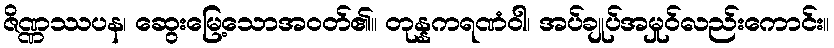
ဇိဏ္ဏဿပန၊ ဆွေးမြေ့သောအဝတ်၏။ တုန္နကရဏံဝါ၊ အပ်ချုပ်အမှုဝ်လည်းကောင်း။